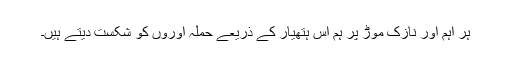
ہر اہم اور نازک موڑ پر ہم اس ہتھیار کے ذریعے حملہ آوروں کو شکست دیتے ہیں۔